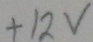
Text: +12v